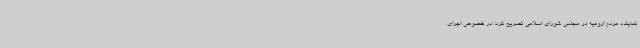
نماینده مردم ارومیه در مجلس شورای اسلامی تصریح کرد: در خصوص اجرای